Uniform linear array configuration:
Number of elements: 16
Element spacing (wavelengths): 0.5
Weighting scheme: binomial
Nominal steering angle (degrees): -30
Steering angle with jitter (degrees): -29.248
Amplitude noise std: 0.05
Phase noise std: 0.05

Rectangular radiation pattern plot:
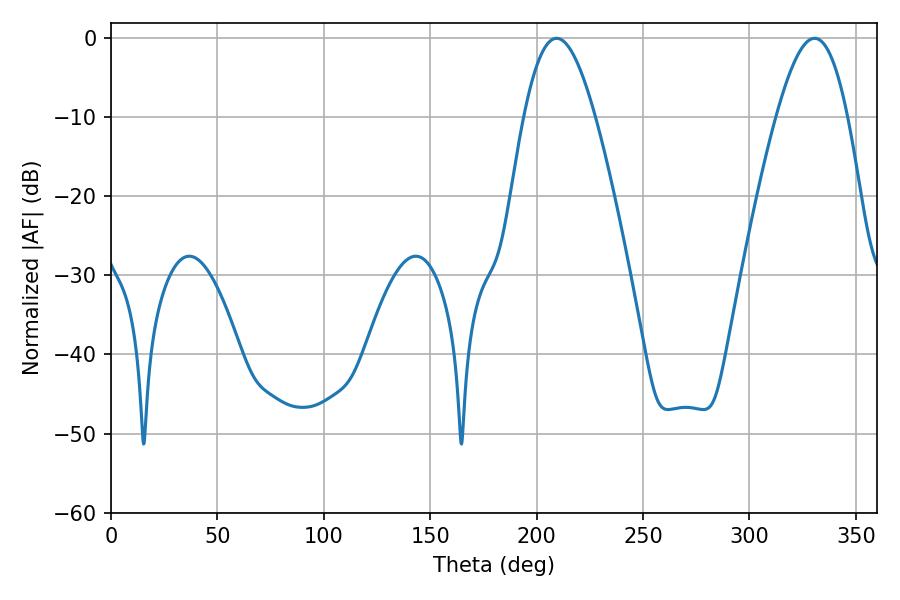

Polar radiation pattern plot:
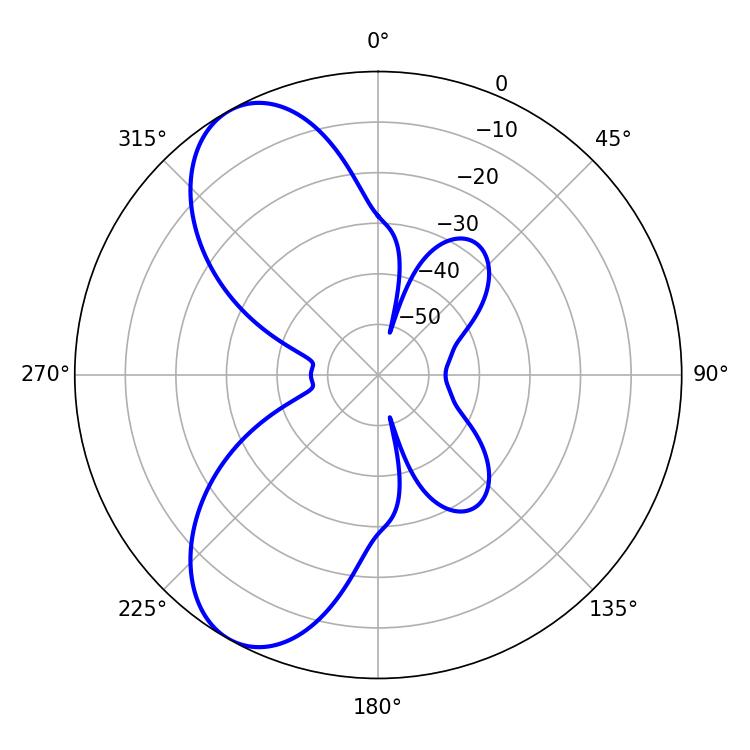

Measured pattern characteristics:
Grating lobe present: FALSE
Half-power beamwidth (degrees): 18.18
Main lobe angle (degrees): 209.34